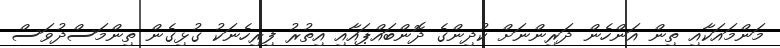
މަންމައަކާއި ތިން އަންހެން ދަރިންނަށް ކުދިންގެ ދޮންބައްޕައާއި އިތުރު ފިރިހެނަކު ގުޅިގެން ތިންމަސްދުވަސް